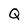
Character: Q